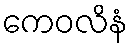
ကေဝလိနံ